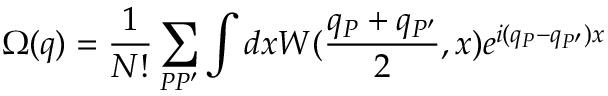
\Omega ( q ) = \frac 1 { N ! } \sum _ { P P ^ { \prime } } \int d x W ( \frac { q _ { P } + q _ { P ^ { \prime } } } 2 , x ) e ^ { i ( q _ { P } - q _ { P ^ { \prime } } ) x }